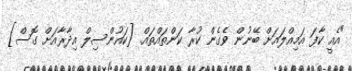
"އެއީ ކާފަ އަމިއްލައަށް ބޭނުން ވެގެން ކުރާ ކަންތައްތައް. [ކައުންސިލް އިދާރާއަށް ގޮސް]